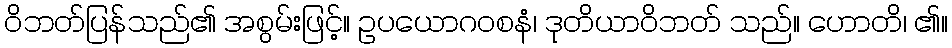
ဝိဘတ်ပြန်သည်၏ အစွမ်းဖြင့်။ ဥပယောဂဝစနံ၊ ဒုတိယာဝိဘတ် သည်။ ဟောတိ၊ ၏။